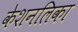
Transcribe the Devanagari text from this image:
केशनलिका